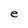
Character: e